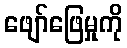
ဖျော်ဖြေမှုကို